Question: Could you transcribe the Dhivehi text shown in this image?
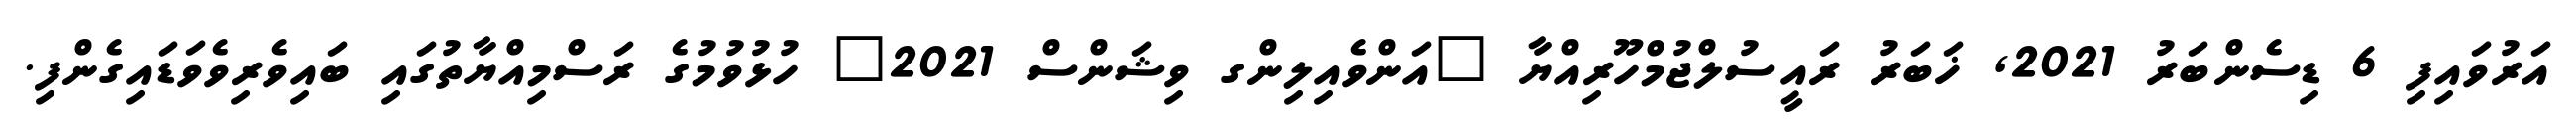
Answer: އަރުވައިފި 6 ޑިސެންބަރު 2021, ޚަބަރު ރައީސުލްޖުމްހޫރިއްޔާ "އަންވެއިލިންގ ވިޝަންސް 2021" ހުޅުވުމުގެ ރަސްމިއްޔާތުގައި ބައިވެރިވެވަޑައިގެންފި.